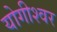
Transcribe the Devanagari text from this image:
योगीश्वर